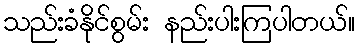
သည်းခံနိုင်စွမ်း နည်းပါးကြပါတယ်။